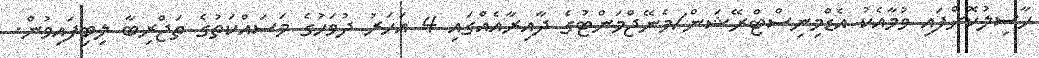
ހާސިލުކޮށްފައި ވުމާއެކު އެޑްމިނިސްޓްރޭޝަން/މެނޭޖްމަންޓުގެ ދާއިރާއެއްގައި 4 އަހަރު ދުވަހުގެ މަސައްކަތުގެ ތަޖްރިބާ ލިބިފައިވުން.